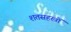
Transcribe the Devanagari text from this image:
शतसहस्त्रों